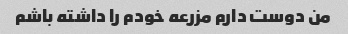
من دوست دارم مزرعه خودم را داشته باشم